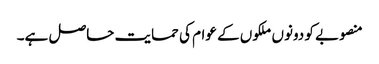
منصوبے کو دونوں ملکوں کے عوام کی حمایت حاصل ہے۔